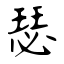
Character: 瑟